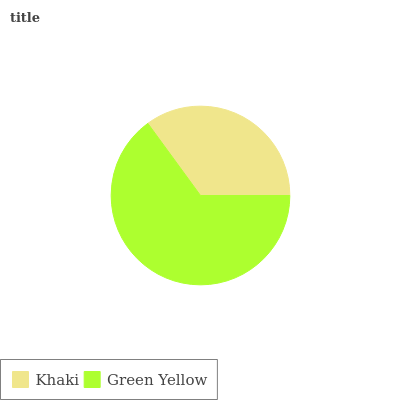
| Khaki | Green Yellow |
 | --- | --- |
 | 35% | 65% |